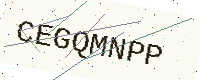
Text: CEGQMNPP